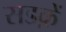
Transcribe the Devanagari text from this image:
सडक़ें